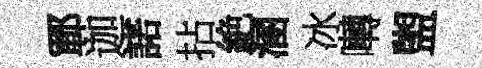
鄆迦諾拈絶溷冰囀盥